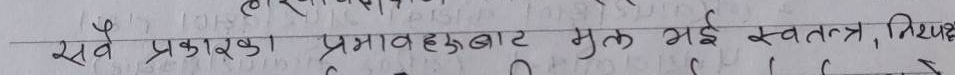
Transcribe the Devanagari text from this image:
सर्व प्रकारका प्रभावहरूबाट मुक्त भई स्वतन्त्र, निष्प